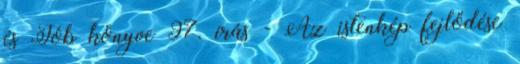
és Jób könyve 97. írás - Az istenkép fejlődése